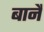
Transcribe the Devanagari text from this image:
बानैं